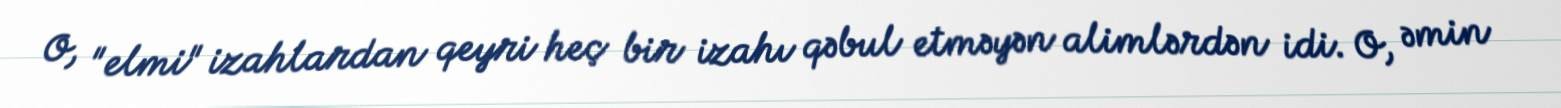
O, "elmi" izahlardan qeyri heç bir izahı qəbul etməyən alimlərdən idi. O, əmin